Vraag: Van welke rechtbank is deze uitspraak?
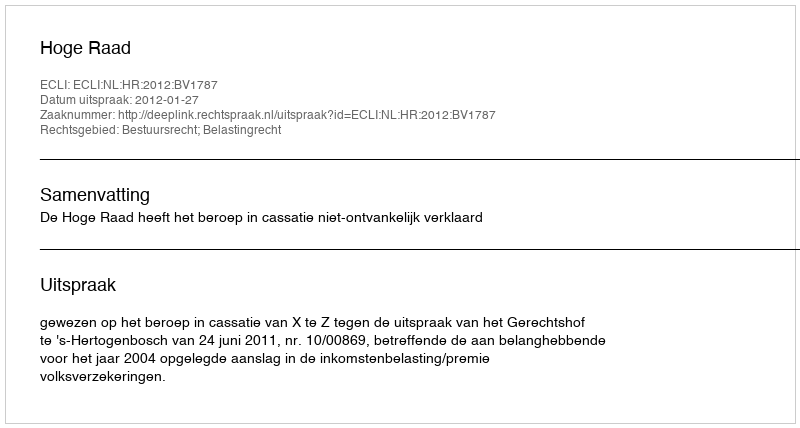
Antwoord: Hoge Raad